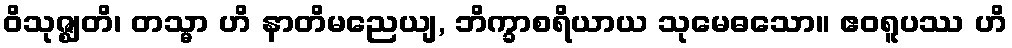
ဝိသုဇ္ဈတိ၊ တသ္မာ ဟိ နာတိမညေယျ, ဘိက္ခာစရိယာယ သုမေဓသော။ ဧဝရူပဿ ဟိ